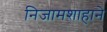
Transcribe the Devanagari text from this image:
निजामशाहाने